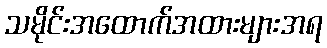
သမိုင်းအထောက်အထားများအရ